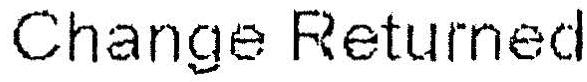
CHANGE RETURNED